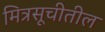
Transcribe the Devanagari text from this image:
मित्रसूचीतील